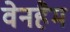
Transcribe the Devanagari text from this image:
वेनहैम